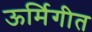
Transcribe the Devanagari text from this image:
ऊर्मिगीत